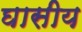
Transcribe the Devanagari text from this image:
घासीय